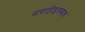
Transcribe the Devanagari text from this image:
मराठीइतकाच